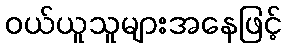
ဝယ်ယူသူများအနေဖြင့်